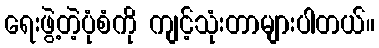
ရေးဖွဲ့တဲ့ပုံစံကို ကျင့်သုံးတာများပါတယ်။